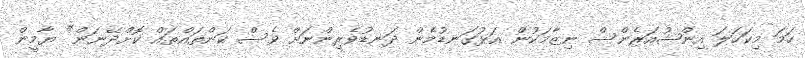
ހަމަ މިކަހަލަ އިންޝުއަރެންސް ނިޒާމަކުން އަޅުގަނޑުމެން ދަނޑުވެރިންނަށް ވެސް ކަންތައްތައް ކޮށްދޭނަން" ޔާމީން